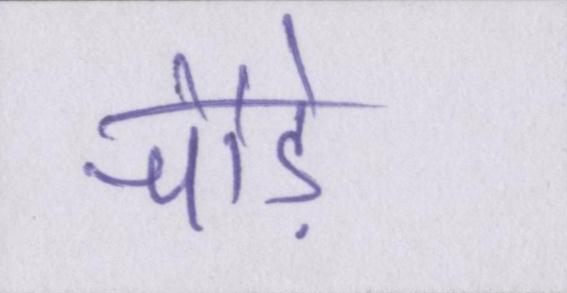
चौड़े